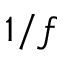
1 / f